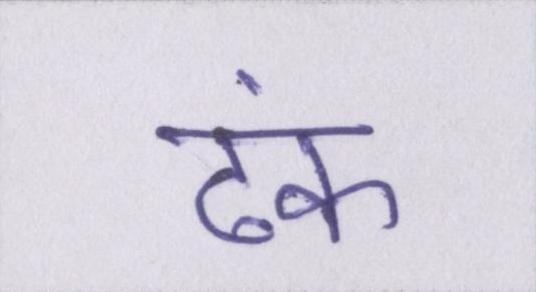
ढंक